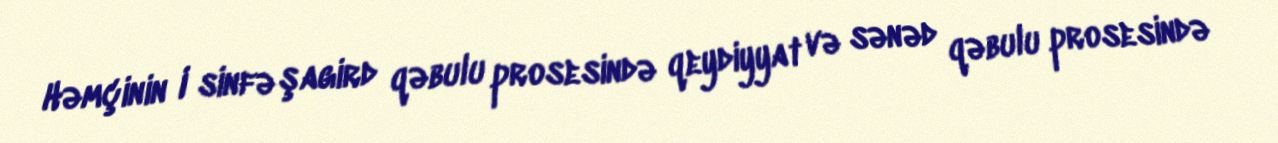
Həmçinin I sinfə şagird qəbulu prosesində qeydiyyat və sənəd qəbulu prosesində